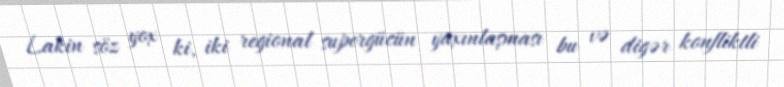
Lakin söz yox ki, iki regional supergücün yaxınlaşması bu və digər konfliktli